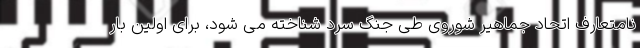
نامتعارف اتحاد جماهیر شوروی طی جنگ سرد شناخته می شود، برای اولین بار